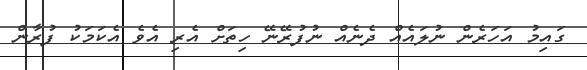
ގައިމު އަހަރެން ނުލައެއް ދެނެއް ނުފުރޭނޭ ހިތަށް އެރި އެވެ އެކަމަކު ފުރާން